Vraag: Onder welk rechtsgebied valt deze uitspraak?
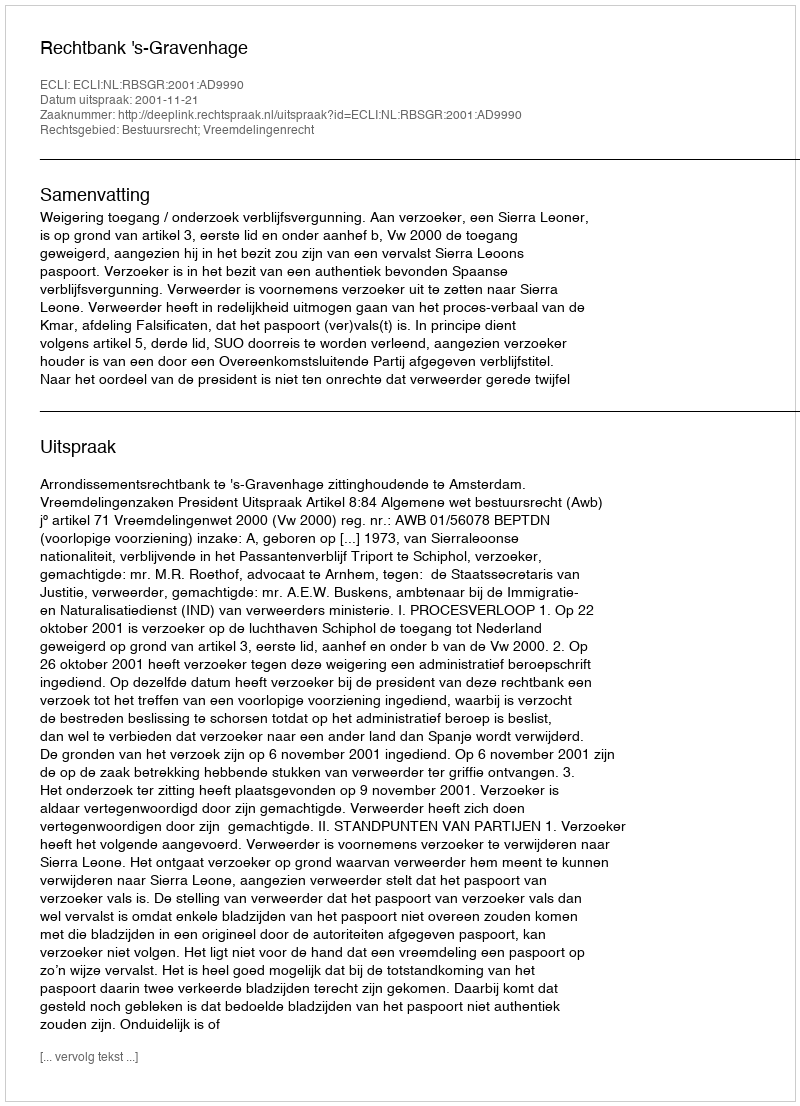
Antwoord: Bestuursrecht; Vreemdelingenrecht